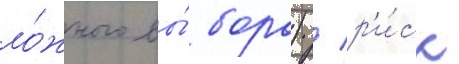
ло́жного вы́бора) / р'и́ск